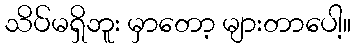
သိပ်မရှိဘူး မှာတော့ များတာပေါ့။